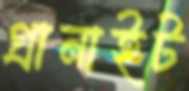
গ্রানাইট